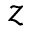
z